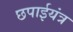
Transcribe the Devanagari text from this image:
छपाईयंत्र